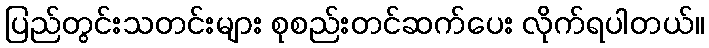
ပြည်တွင်းသတင်းများ စုစည်းတင်ဆက်ပေး လိုက်ရပါတယ်။